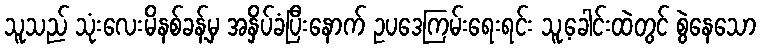
သူသည် သုံးလေးမိနစ်ခန့်မှ အနှိပ်ခံပြီးနောက် ဥပဒေကြမ်းရေးရင်း သူ့ခေါင်းထဲတွင် စွဲနေသော